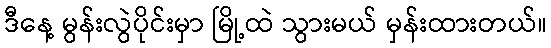
ဒီနေ့ မွန်းလွဲပိုင်းမှာ မြို့ထဲ သွားမယ် မှန်းထားတယ်။